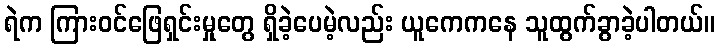
ရဲက ကြားဝင်ဖြေရှင်းမှုတွေ ရှိခဲ့ပေမဲ့လည်း ယူကေကနေ သူထွက်ခွာခဲ့ပါတယ်။